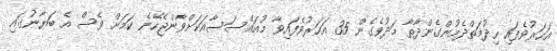
އަހަރުވެފައި ހިދުމަތްދެމުންގެންދާތާ މަދުވެގެން 35 އަހަރުވެފައިވާ މުއައްސަސާއަކަށްވާންޖެހޭނެ ކަމަށް ވެސް އެ ބަޔާނުގައި